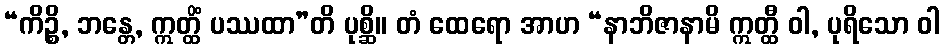
“ကိဉ္စိ, ဘန္တေ, ဣတ္ထိံ ပဿထာ”တိ ပုစ္ဆိ။ တံ ထေရော အာဟ “နာဘိဇာနာမိ ဣတ္ထီ ဝါ, ပုရိသော ဝါ